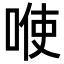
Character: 𭈓